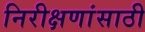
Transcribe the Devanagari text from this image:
निरीक्षणांसाठी